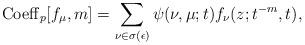
LaTeX: \begin{align*}{\rm Coeff}_p[f_{\mu},m]=\sum_{\nu \in \sigma(\epsilon)}\psi(\nu,\mu;t)f_{\nu}(z;t^{-m},t),\end{align*}